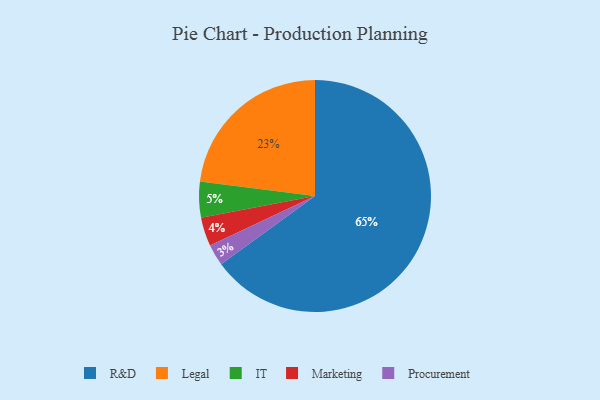
{"axis": {"x": "Category", "y": "Percentage"}, "legend": ["IT", "Legal", "Marketing", "Procurement", "R&D"], "data": [{"x": "Procurement", "y": 3, "type": "Procurement"}, {"x": "IT", "y": 5, "type": "IT"}, {"x": "R&D", "y": 65, "type": "R&D"}, {"x": "Legal", "y": 23, "type": "Legal"}, {"x": "Marketing", "y": 4, "type": "Marketing"}]}